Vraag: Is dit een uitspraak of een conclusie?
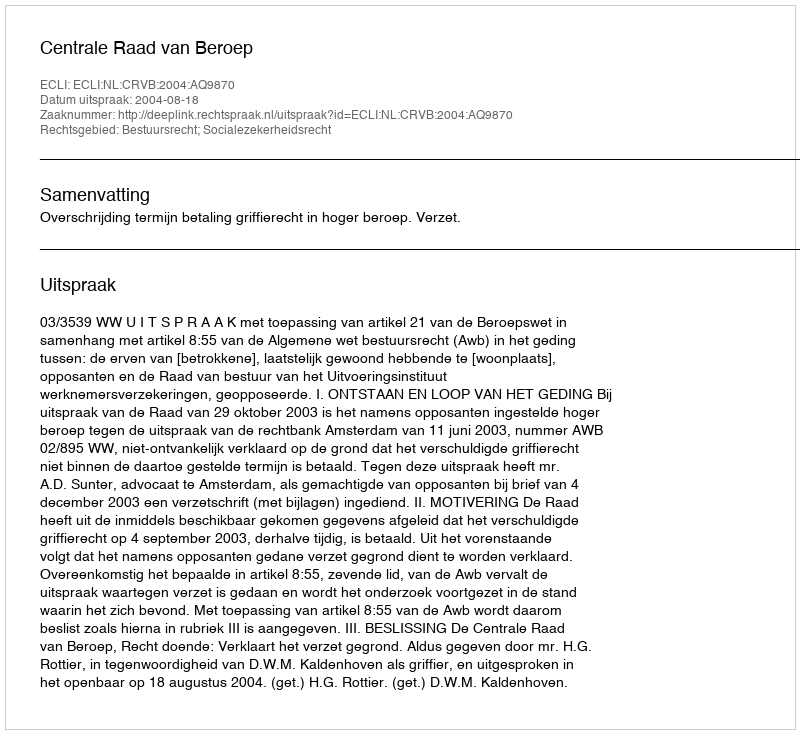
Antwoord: Uitspraak